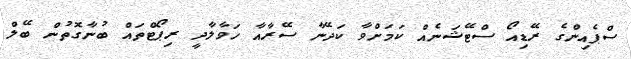
ސްޕެއިންގެ ރޭޑިއޯ ސްޓޭޝަނެއް ކަމަށްވާ ކަދޭނާ ސޭރާއާ ހަވާލާދީ ރިޕޯޓްތައް ބުނާގޮތުން ބޭލް